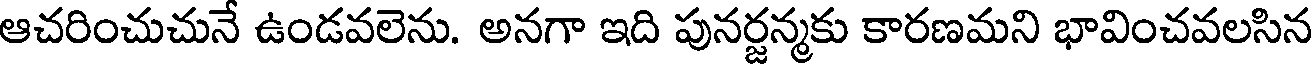
ఆచరించుచునే ఉండవలెను. అనగా ఇది పునర్జన్మకు కారణమని భావించవలసిన